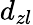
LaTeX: d_{zl}